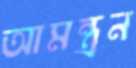
আমন্ত্রন